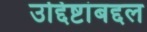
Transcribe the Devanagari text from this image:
उद्दिष्टांबद्दल